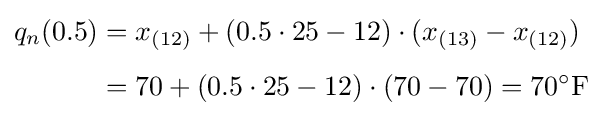
{\begin{aligned}q_{n}(0.5)&=x_{(12)}+(0.5\cdot 25-12)\cdot (x_{(13)}-x_{(12)})\\[5pt]&=70+(0.5\cdot 25-12)\cdot (70-70)=70^{\circ }{\text{F}}\end{aligned}}